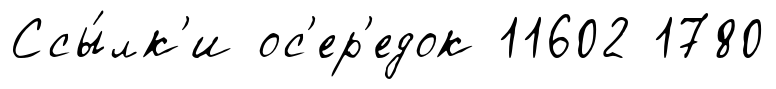
Ссы́лк'и ос'ер'едок 11602 1780